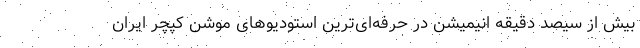
بیش از سیصد دقیقه انیمیشن در حرفه‌ای‌ترین استودیوهای موشن کپچر ایران